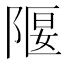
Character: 隁